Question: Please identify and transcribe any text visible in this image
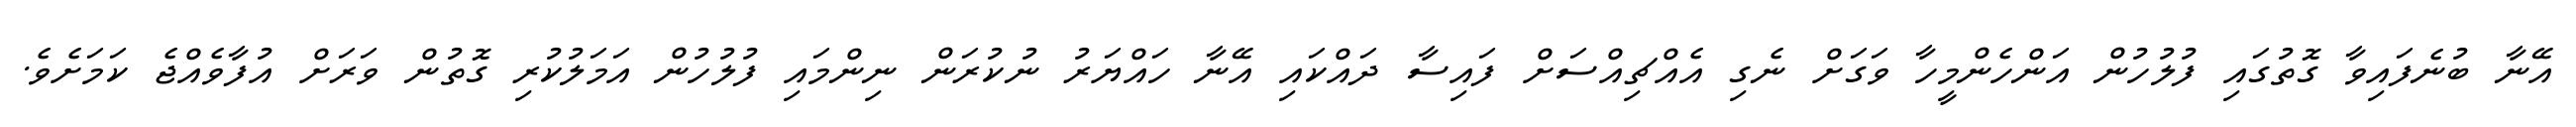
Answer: އޭނާ ބުނެފައިވާ ގޮތުގައި ފުލުހުން އަންހެންމީހާ ވަގަށް ނެގި އެއްޗިއްސަށް ފައިސާ ދައްކައި އޭނާ ހައްޔަރު ނުކުރަން ނިންމައި ފުލުހުން އަމަލުކުރި ގޮތުން ވަރަށް އުފާވެއްޖެ ކަމަށެވެ.